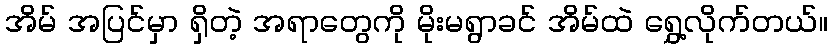
အိမ် အပြင်မှာ ရှိတဲ့ အရာတွေကို မိုးမရွာခင် အိမ်ထဲ ရွှေ့လိုက်တယ်။